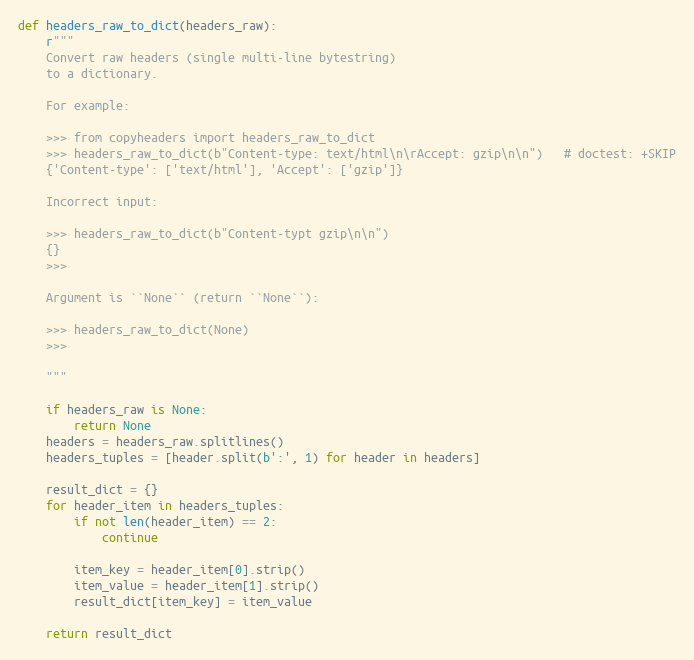
Language: Python
def headers_raw_to_dict(headers_raw):
    r"""
    Convert raw headers (single multi-line bytestring)
    to a dictionary.

    For example:

    >>> from copyheaders import headers_raw_to_dict
    >>> headers_raw_to_dict(b"Content-type: text/html\n\rAccept: gzip\n\n")   # doctest: +SKIP
    {'Content-type': ['text/html'], 'Accept': ['gzip']}

    Incorrect input:

    >>> headers_raw_to_dict(b"Content-typt gzip\n\n")
    {}
    >>>

    Argument is ``None`` (return ``None``):

    >>> headers_raw_to_dict(None)
    >>>

    """

    if headers_raw is None:
        return None
    headers = headers_raw.splitlines()
    headers_tuples = [header.split(b':', 1) for header in headers]

    result_dict = {}
    for header_item in headers_tuples:
        if not len(header_item) == 2:
            continue

        item_key = header_item[0].strip()
        item_value = header_item[1].strip()
        result_dict[item_key] = item_value

    return result_dict